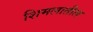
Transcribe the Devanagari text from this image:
शिमलातील